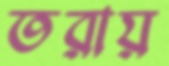
তরায়